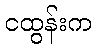
ငထွန်းက